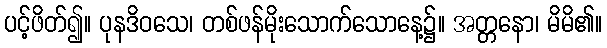
ပင့်ဖိတ်၍။ ပုနဒိဝသေ၊ တစ်ဖန်မိုးသောက်သောနေ့၌။ အတ္တနော၊ မိမိ၏။